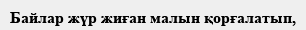
Байлар жүр жиған малын қорғалатып,